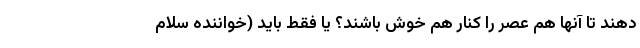
دهند تا آنها هم عصر را کنار هم خوش باشند؟ یا فقط باید (خواننده سلام